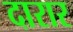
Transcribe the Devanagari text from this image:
दारार